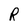
Character: R